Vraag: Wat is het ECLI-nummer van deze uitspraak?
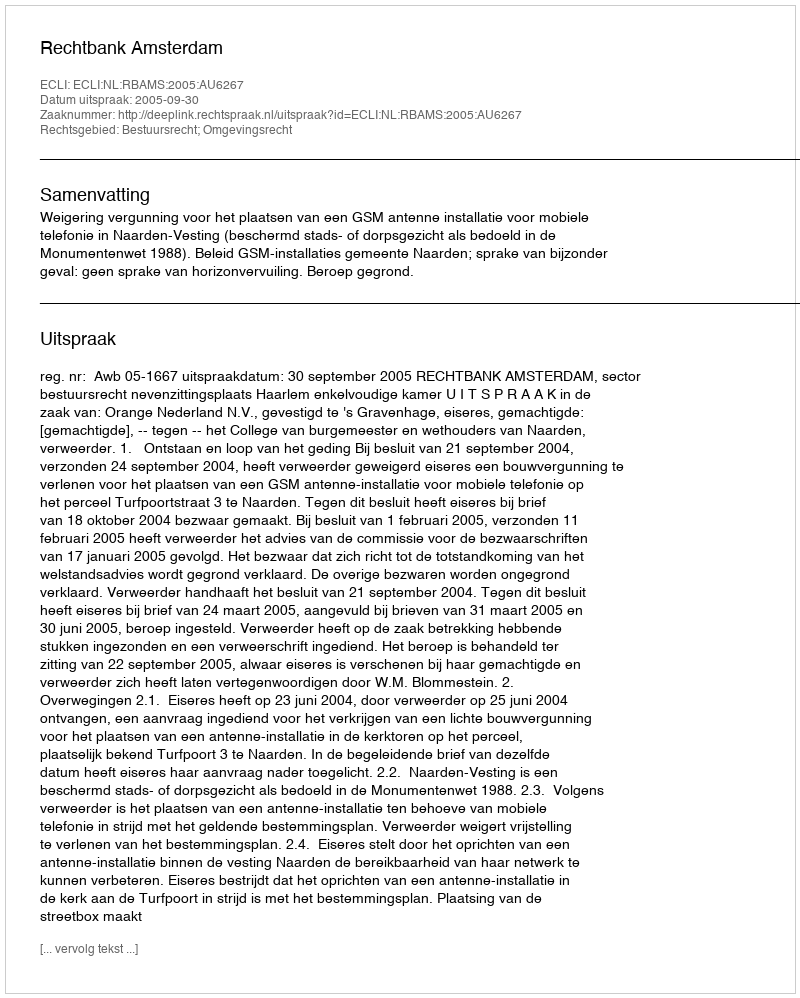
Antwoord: ECLI:NL:RBAMS:2005:AU6267